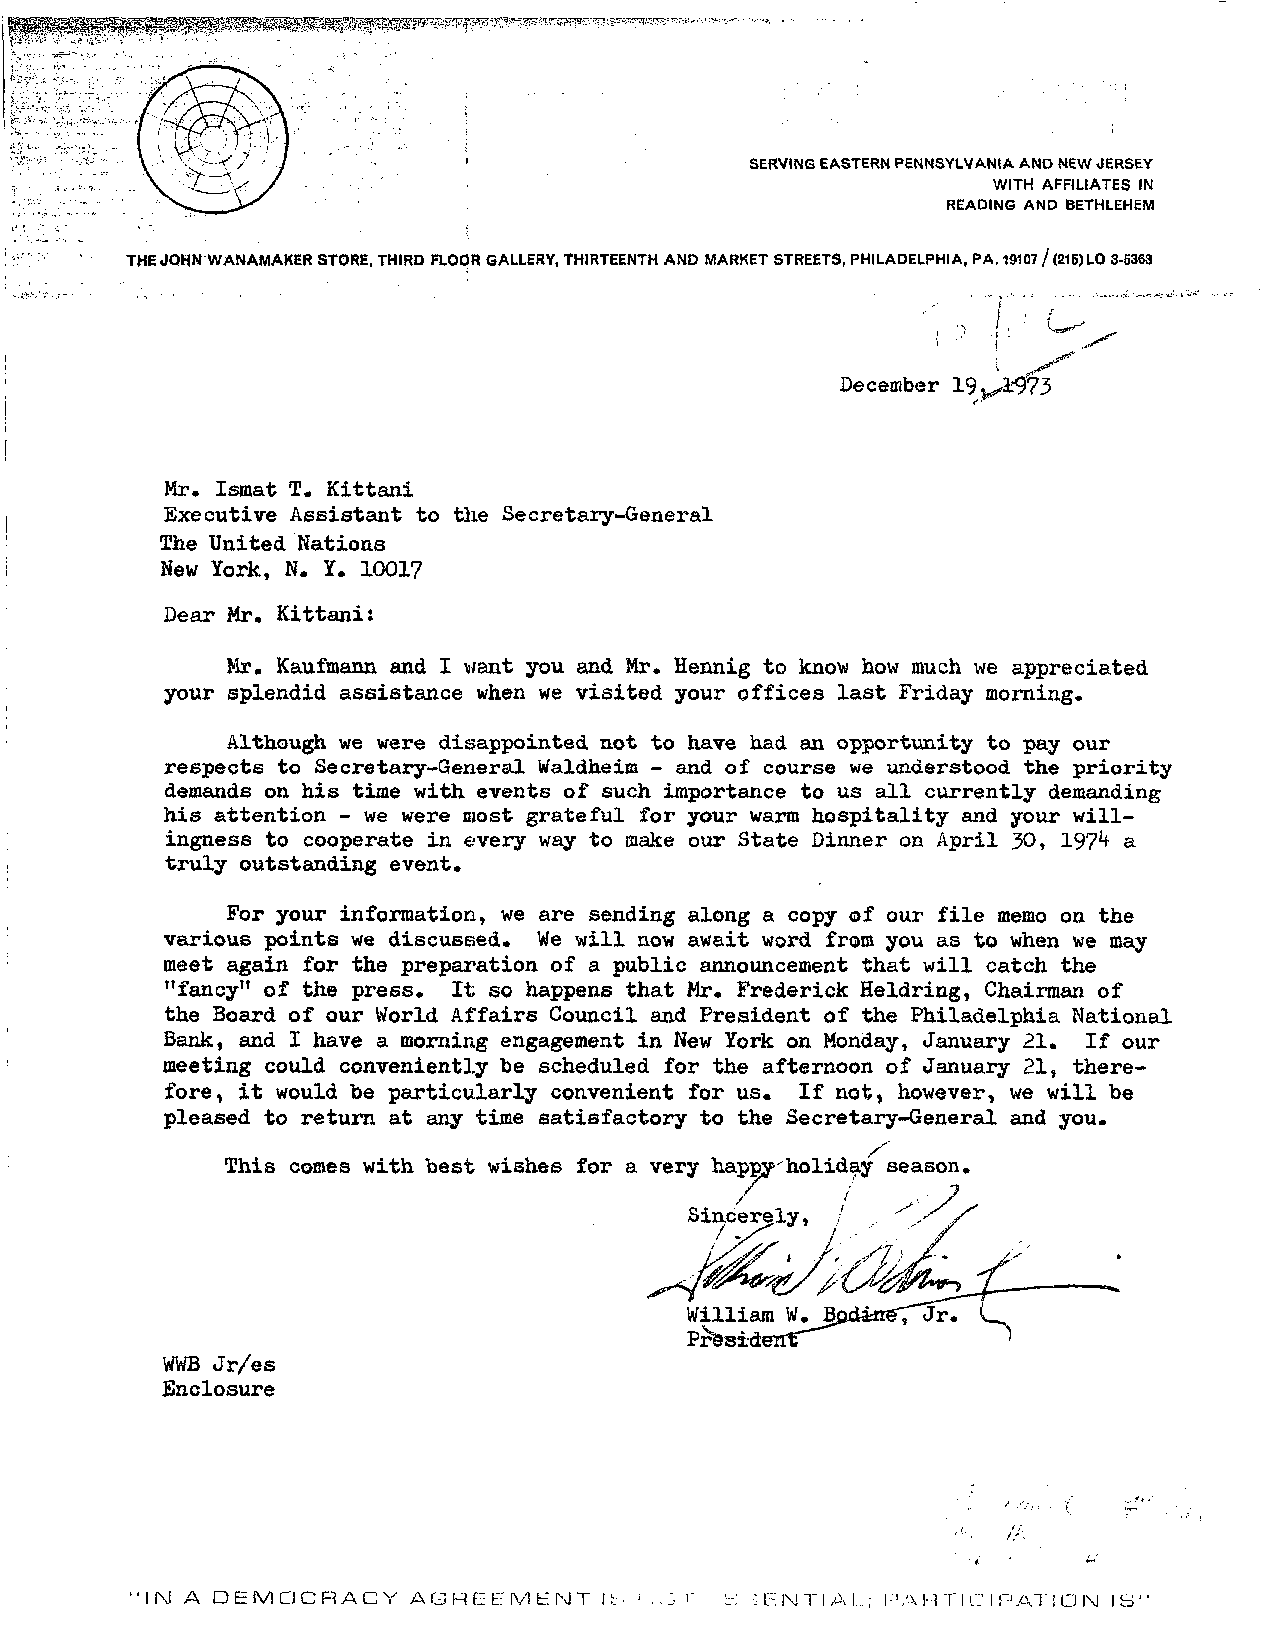
SERVING EASTERN PENNSYLVANIA AND NEW JERSEY
 WITH AFFILIATES IN
 READING AND BETHLEHEM
 THE JOHN WANAMAKER STORE, THIRD FLOOR GALLERY, THIRTEENTH AND MARKET STREETS, PHILADELPHIA, PA. 19107 / (216) LO 3-5363
 December 19
 Mr. Ismat T. Kittani
 Executive Assistant to the Secretary-General
 The United Nations
 New York, N. Y. 1001?
 Dear Mr. Kittani:
 Mr. Kaufmann and I want you and Mr. Hennig to know how much we appreciated
 your splendid assistance when we visited your offices last Friday morning.
 Although we were disappointed not to have had an opportunity to pay our
 respects to Secretary-General Waldheim - and of course we understood the priority
 demands on his time with events of such importance to us all currently demanding
 his attention - we were most grateful for your warm hospitality and your will-
 ingness to cooperate in every way to make our State Dinner on April 30, 197*f a
 truly outstanding event.
 For your information, we are sending along a copy of our file memo on the
 various points we discussed. We will now await word from you as to when we may
 meet again for the preparation of a public announcement that will catch the
 "fancy" of the press. It so happens that Mr. Frederick Heldring, Chairman of
 the Board of our World Affairs Council and President of the Philadelphia National
 Bank, and I have a morning engagement in New York on Monday, January 21. If our
 meeting could conveniently be scheduled for the afternoon of January 21, there-
 fore, it would be particularly convenient for us. If not, however, we will be
 pleased to return at any time satisfactory to the Secretary-General and you.
 This comes with best wishes for a very happy-'holiday season.
 WWB Jr/es
 Enclosure
 'IN A DEMOCRACY   AGREEMENT            L-: • •; F N T I A L.; PA R 1" I C I PAT ION IS1